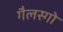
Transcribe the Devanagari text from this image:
गैलस्गो